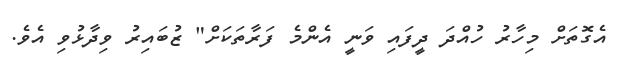
އެގޮތަށް މިހާރު ހުއްދަ ދީފައި ވަނީ އެންމެ ފަރާތަކަށް" ޒުބައިރު ވިދާޅުވި އެވެ.